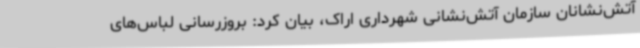
آتش‌نشانان سازمان آتش‌نشانی شهرداری اراک، بیان کرد: بروزرسانی لباس‌های